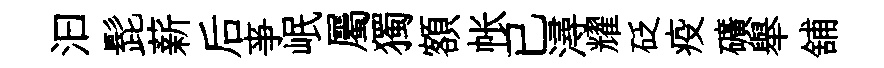
汩髭薪后亊岷屬獨額帐已潯耀砭疫礦舉舖